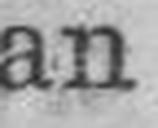
an